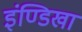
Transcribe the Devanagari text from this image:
इंण्डिखा